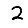
Digit: 2